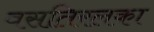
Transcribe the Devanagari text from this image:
वसतिरलका